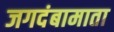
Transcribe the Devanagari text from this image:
जगदंबामाता